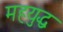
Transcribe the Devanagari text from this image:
महयुद्ध